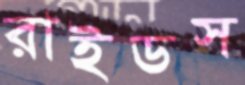
রাইডস